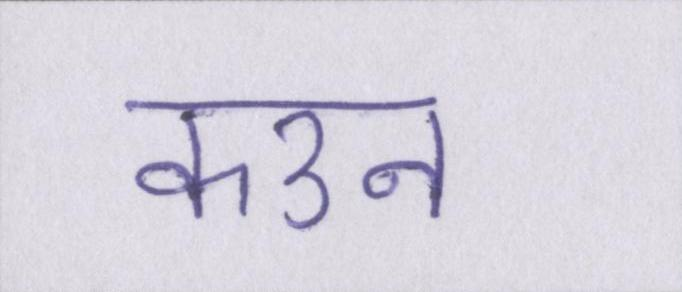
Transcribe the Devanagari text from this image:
कउन